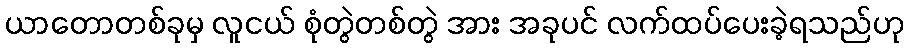
ယာတောတစ်ခုမှ လူငယ် စုံတွဲတစ်တွဲ အား အခုပင် လက်ထပ်ပေးခဲ့ရသည်ဟု